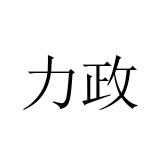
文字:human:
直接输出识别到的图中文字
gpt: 力政